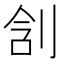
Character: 㓧